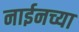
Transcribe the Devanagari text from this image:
नाईनच्या